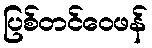
ပြစ်တင်ဝေဖန်